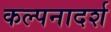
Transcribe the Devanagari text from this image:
कल्पनादर्श